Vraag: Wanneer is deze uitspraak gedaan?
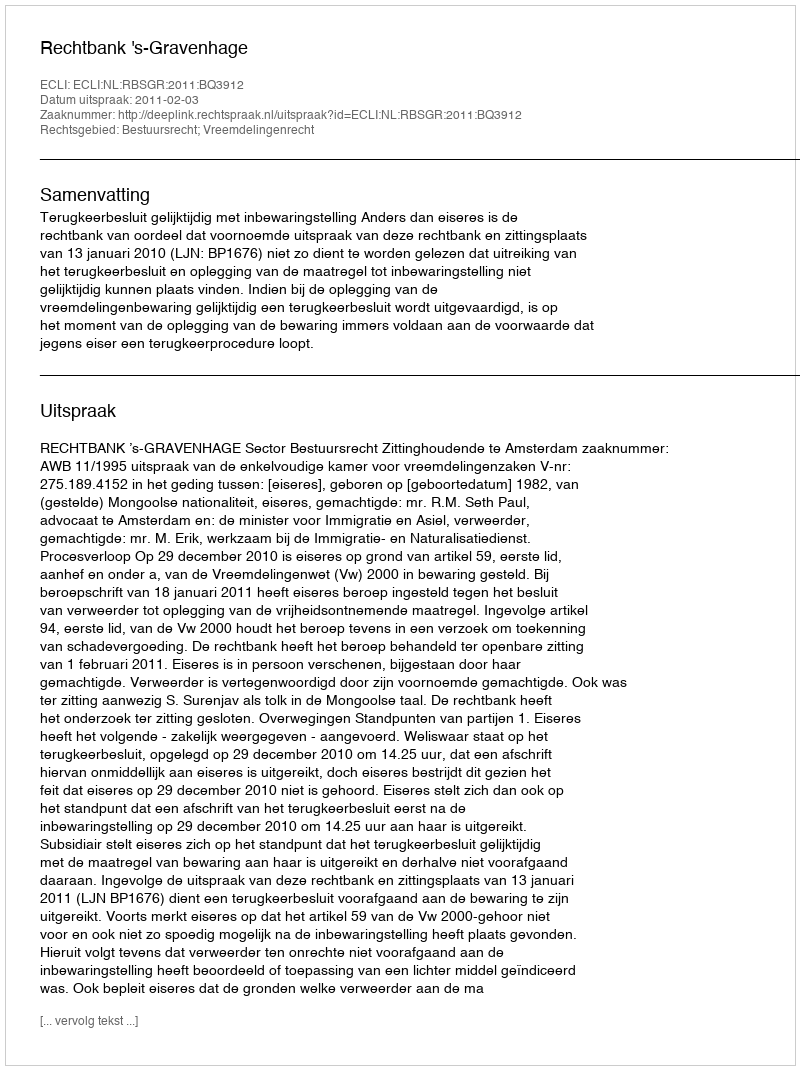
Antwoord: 2011-02-03